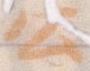
公